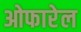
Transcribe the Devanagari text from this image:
ओफारेल